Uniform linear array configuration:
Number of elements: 24
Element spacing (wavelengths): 1
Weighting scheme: kaiser
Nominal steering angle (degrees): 30
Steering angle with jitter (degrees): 30.779
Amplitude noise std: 0.05
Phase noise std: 0.05

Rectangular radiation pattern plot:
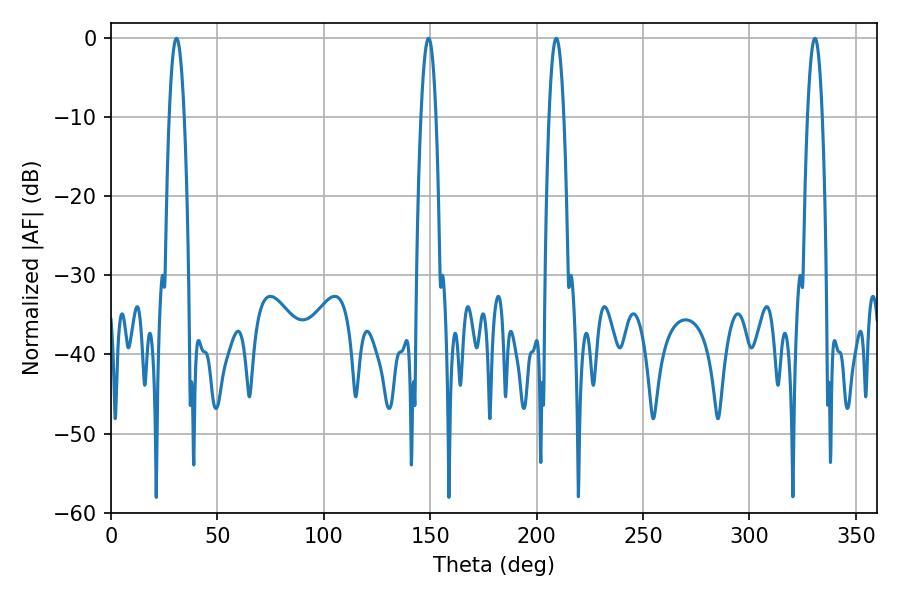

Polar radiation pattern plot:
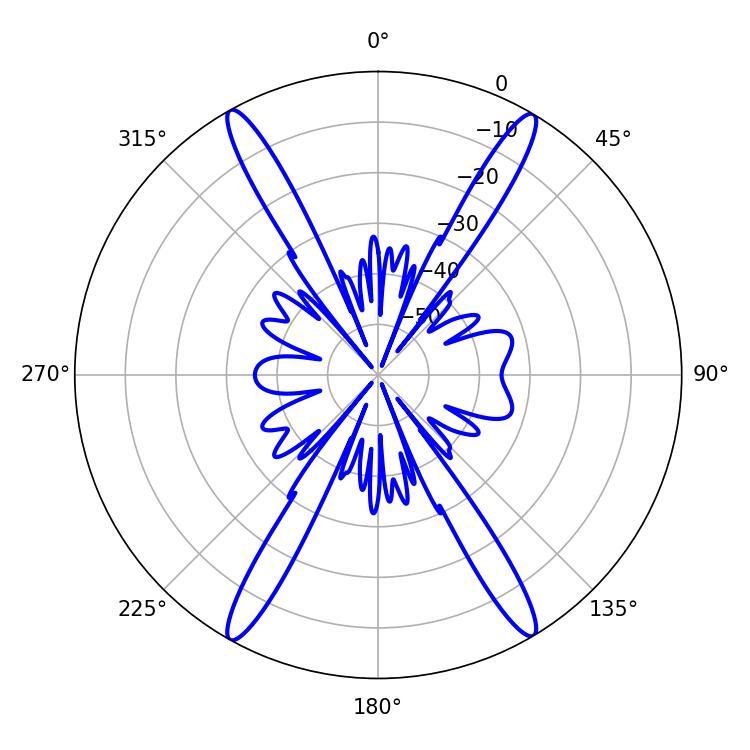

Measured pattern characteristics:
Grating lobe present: TRUE
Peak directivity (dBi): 26.29
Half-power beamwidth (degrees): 3.96
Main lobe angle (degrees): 30.78